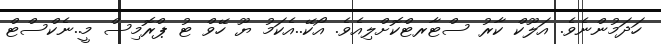
ހަދަމުންނެވެ. އަލޫކް ކާރު ސްޓާރޓްކޮށްލިއެވެ. އޯކޭ..އެކަމު ޔޫ ހޭވް ޓު ޕްރޮމިސް މީ..ނެކްސްޓް